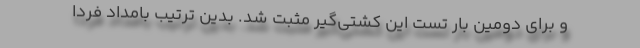
و برای دومین بار تست این کشتی‌گیر مثبت شد. بدین ترتیب بامداد فردا